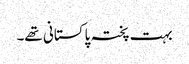
بہت پختہ پاکستانی تھے۔